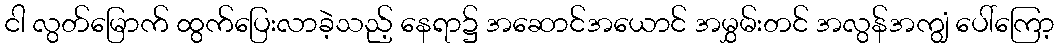
ငါ လွတ်မြောက် ထွက်ပြေးလာခဲ့သည့် နေရာ၌ အဆောင်အယောင် အမွှမ်းတင် အလွန်အကျွံ ပေါ်ကြော့